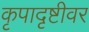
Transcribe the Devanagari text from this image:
कृपादृष्टीवर